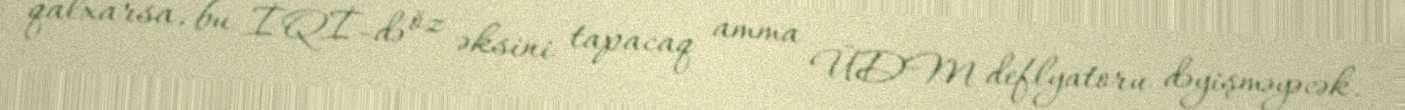
qalxarsa, bu İQİ-də öz əksini tapacaq amma ÜDM deflyatoru dəyişməyəcək.